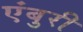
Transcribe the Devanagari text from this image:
एंबुरी